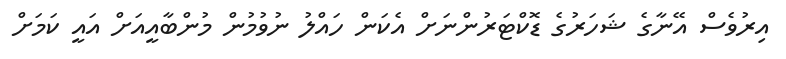
އިރުވެސް އޭނާގެ ޝަހަރުގެ ޑޮކްޓަރުންނަށް އެކަން ހައްލު ނުވުމުން މުންބާއީއަށް އައީ ކަމަށް